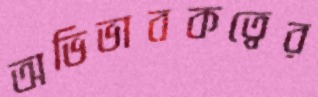
অভিভাবকত্বের